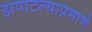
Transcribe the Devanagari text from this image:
झपाटल्याप्रमाणे